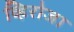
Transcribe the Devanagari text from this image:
व्हिरोजा